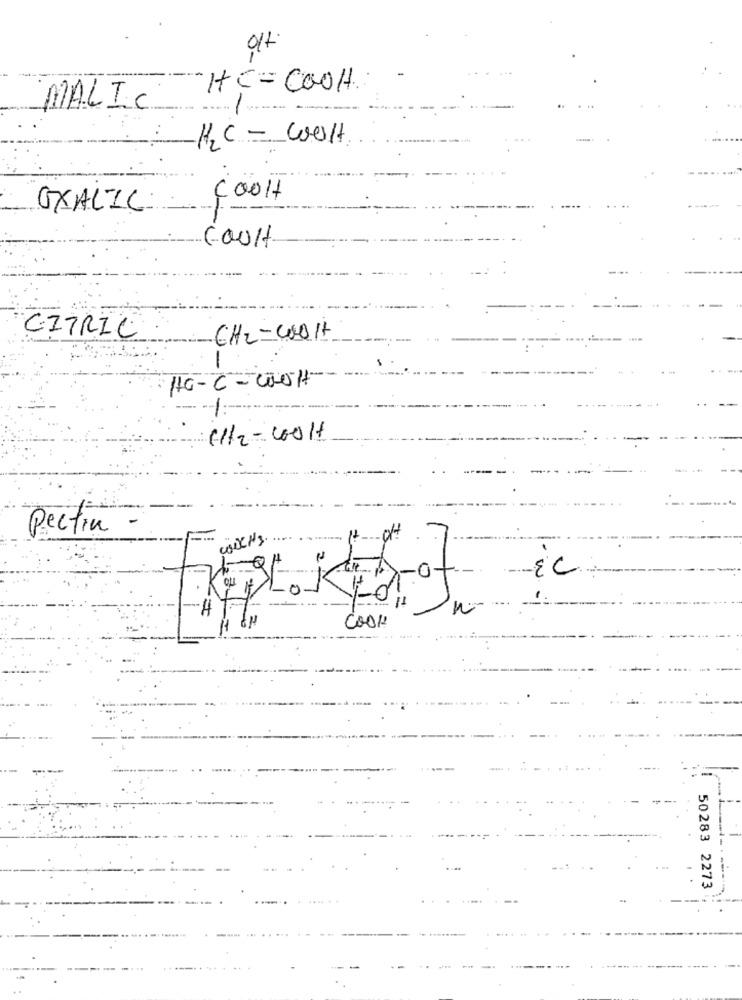
HE =COOH
MALIC
K2C - COOH
COOH
OXALIC.
--
COult
CITRIC
CH2-COOH
HG-C- CON-
El/2 - COOH
Pectin
wiCHS.
-OH
ou
Cook
50283 2273